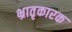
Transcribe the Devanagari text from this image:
भ्रातृकारक